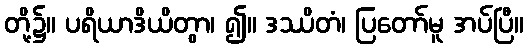
တို့၌။ ပရိယာဒိယိတွာ၊ ၍။ ဒဿိတံ၊ ပြတော်မူ အပ်ပြီ။